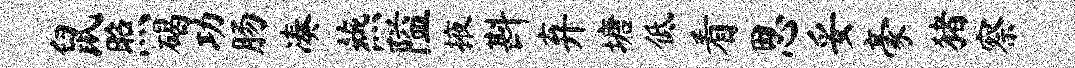
鼠照碣功肠凑燕隘掖斟弃塘低看思妥豪猪察